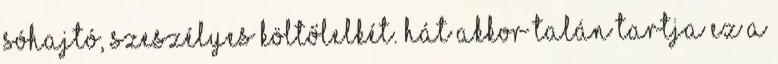
sóhajtó, szeszélyes költőlelkét. Hát akkor talán tartja ez a